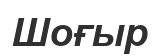
Шоғыр